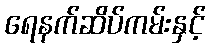
ရေနက်ဆိပ်ကမ်းနှင့်